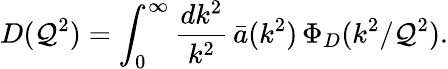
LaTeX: D(\mathcal{Q}^{2})=\int_{0}^{\infty}{\frac{{dk^{2}}}{{k^{2}}}}\, \bar{{a}}(k^{2})\, \Phi_{D}(k^{2}/\mathcal{Q}^{2}).